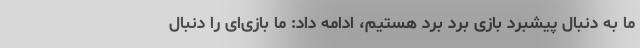
ما به دنبال پیشبرد بازی برد برد هستیم، ادامه داد: ما بازی‌ای را دنبال